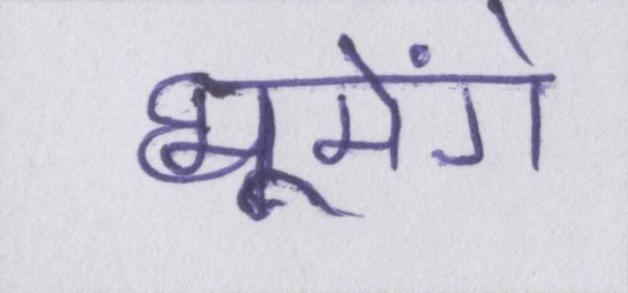
घूमेंगे